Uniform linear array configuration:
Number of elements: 64
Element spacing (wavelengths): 0.5
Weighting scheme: hann
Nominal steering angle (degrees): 30
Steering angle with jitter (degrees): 28.694
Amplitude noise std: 0.05
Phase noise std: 0.05

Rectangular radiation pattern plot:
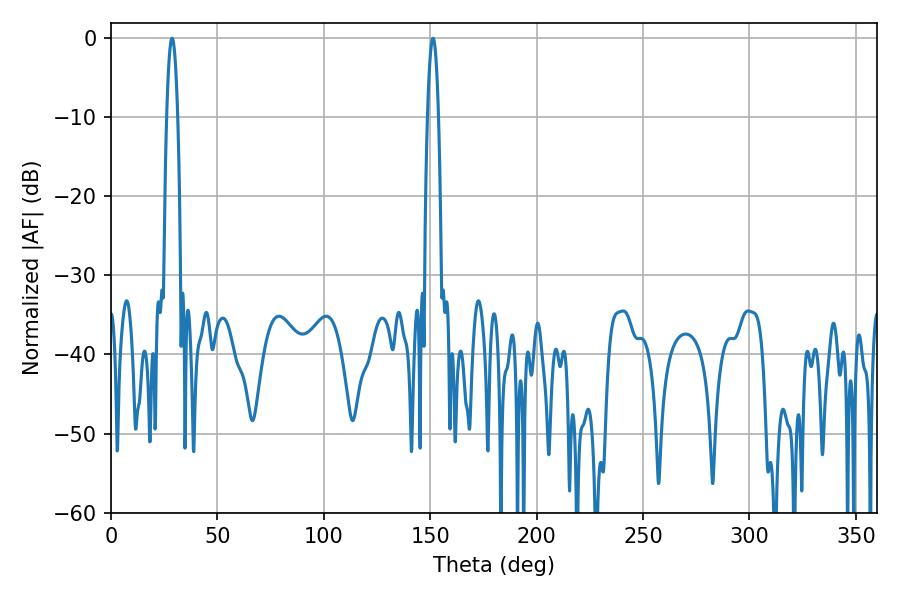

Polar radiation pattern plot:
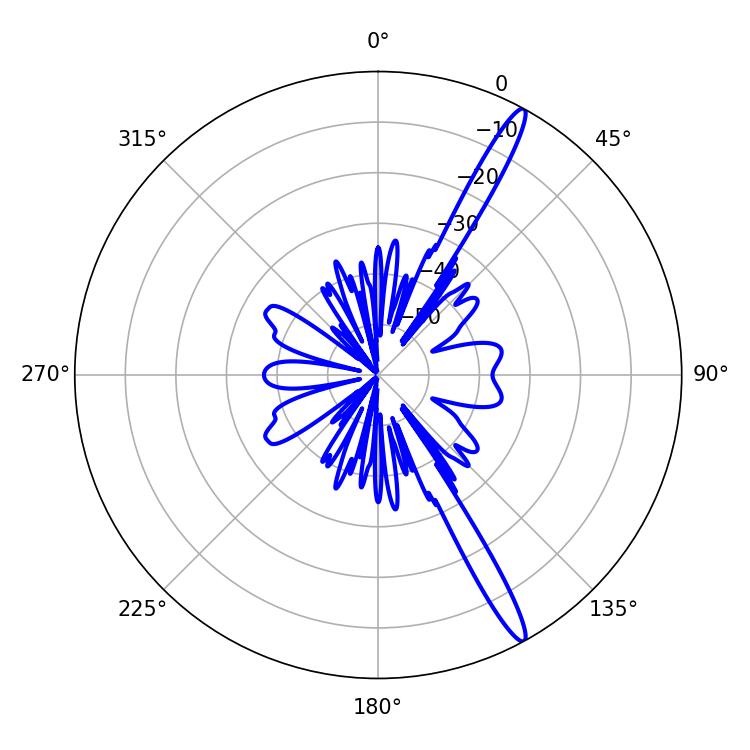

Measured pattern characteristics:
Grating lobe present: FALSE
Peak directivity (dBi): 15.821
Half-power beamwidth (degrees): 2.7
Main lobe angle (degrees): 151.38